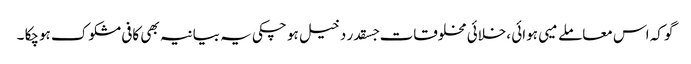
گو کہ اس معاملے میی ہوائی ،خلائی مخلوقات جسقدر دخیل ہو چکی یہ بیانیہ بھی کافی مشکوک ہوچکا ۔